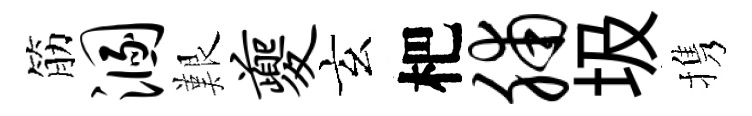
筋溷艱夔玄杷脯圾携